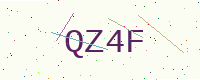
Text: QZ4F